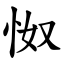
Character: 怓